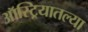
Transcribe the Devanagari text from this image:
ऑस्ट्रियातल्या